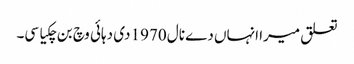
تعلق میرا انہاں دے نال 1970 دی دہائی وچ بن چکیا سی۔